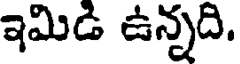
ఇమిడి ఉన్నది.